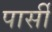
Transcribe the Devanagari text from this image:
पार्सी